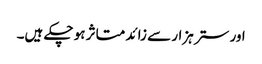
اور ستر ہزار سے زائد متاثر ہو چکے ہیں۔